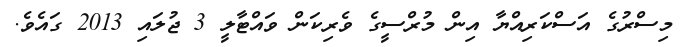
މިސްރުގެ އަސްކަރިއްޔާ އިން މުރްސީގެ ވެރިކަން ވައްޓާލީ 3 ޖުލައި 2013 ގައެވެ.